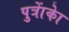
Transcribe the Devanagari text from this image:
पुत्राेंकाे